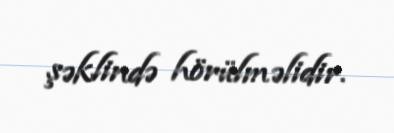
şəklində hörülməlidir.